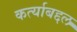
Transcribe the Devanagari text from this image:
कर्त्याबद्दल